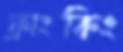
ফ্রাংকিং